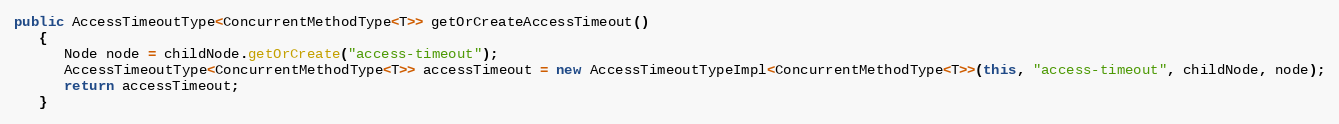
Language: Java
public AccessTimeoutType<ConcurrentMethodType<T>> getOrCreateAccessTimeout()
   {
      Node node = childNode.getOrCreate("access-timeout");
      AccessTimeoutType<ConcurrentMethodType<T>> accessTimeout = new AccessTimeoutTypeImpl<ConcurrentMethodType<T>>(this, "access-timeout", childNode, node);
      return accessTimeout;
   }